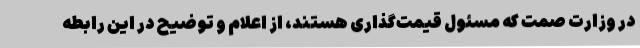
در وزارت صمت که مسئول قیمت‌گذاری هستند، از اعلام و توضیح در این رابطه